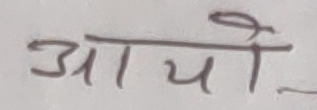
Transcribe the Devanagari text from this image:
आयो